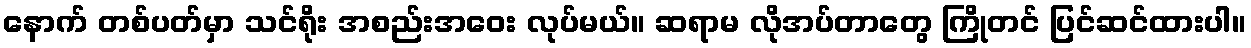
နောက် တစ်ပတ်မှာ သင်ရိုး အစည်းအဝေး လုပ်မယ်။ ဆရာမ လိုအပ်တာတွေ ကြိုတင် ပြင်ဆင်ထားပါ။